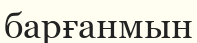
барғанмын